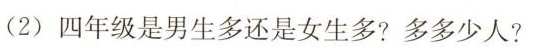
（2）四年级是男生多还是女生多？多多少人？